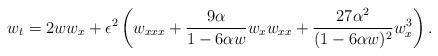
LaTeX: \begin{align*}w_{t} = 2 w w_{x} + \epsilon^{2} \left(w_{xxx} + \frac{9 \alpha}{1 - 6 \alpha w} w_{x} w_{xx} + \frac{27 \alpha^{2}}{(1-6 \alpha w)^{2}} w_{x}^{3} \right).\end{align*}